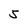
Character: S